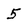
Character: 5